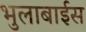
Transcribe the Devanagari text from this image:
भुलाबाईस